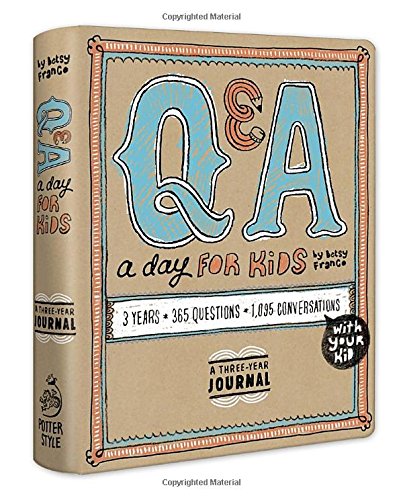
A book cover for Q&A a Day for Kids: A Three-Year Journal; Betsy Franco; Parenting & Relationships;